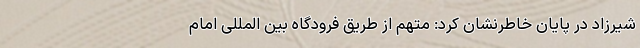
شیرزاد در پایان خاطرنشان کرد: متهم از طریق فرودگاه بین المللی امام